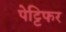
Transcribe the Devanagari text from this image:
पेट्टिफर